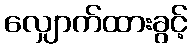
လျှောက်ထားခွင့်